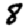
Digit: 8